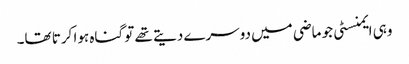
وہی ایمنسٹی جو ماضی میں دوسرے دیتے تھے تو گناہ ہوا کرتا تھا۔